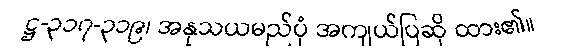
ဋ္ဌ-၃၁၇-၃၁၉၊ အနုသယမည်ပုံ အကျယ်ပြဆို ထား၏။